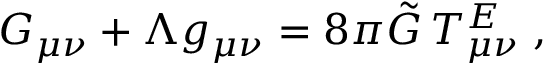
G _ { \mu \nu } + \Lambda g _ { \mu \nu } = 8 \pi \tilde { G } \, T _ { \mu \nu } ^ { E } \; ,